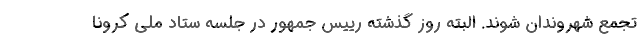
تجمع شهروندان شوند. البته روز گذشته رییس جمهور در جلسه ستاد ملی کرونا